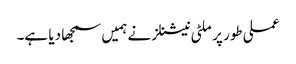
عملی طور پر ملٹی نیشنلز نے ہمیں سمجھا دیا ہے۔